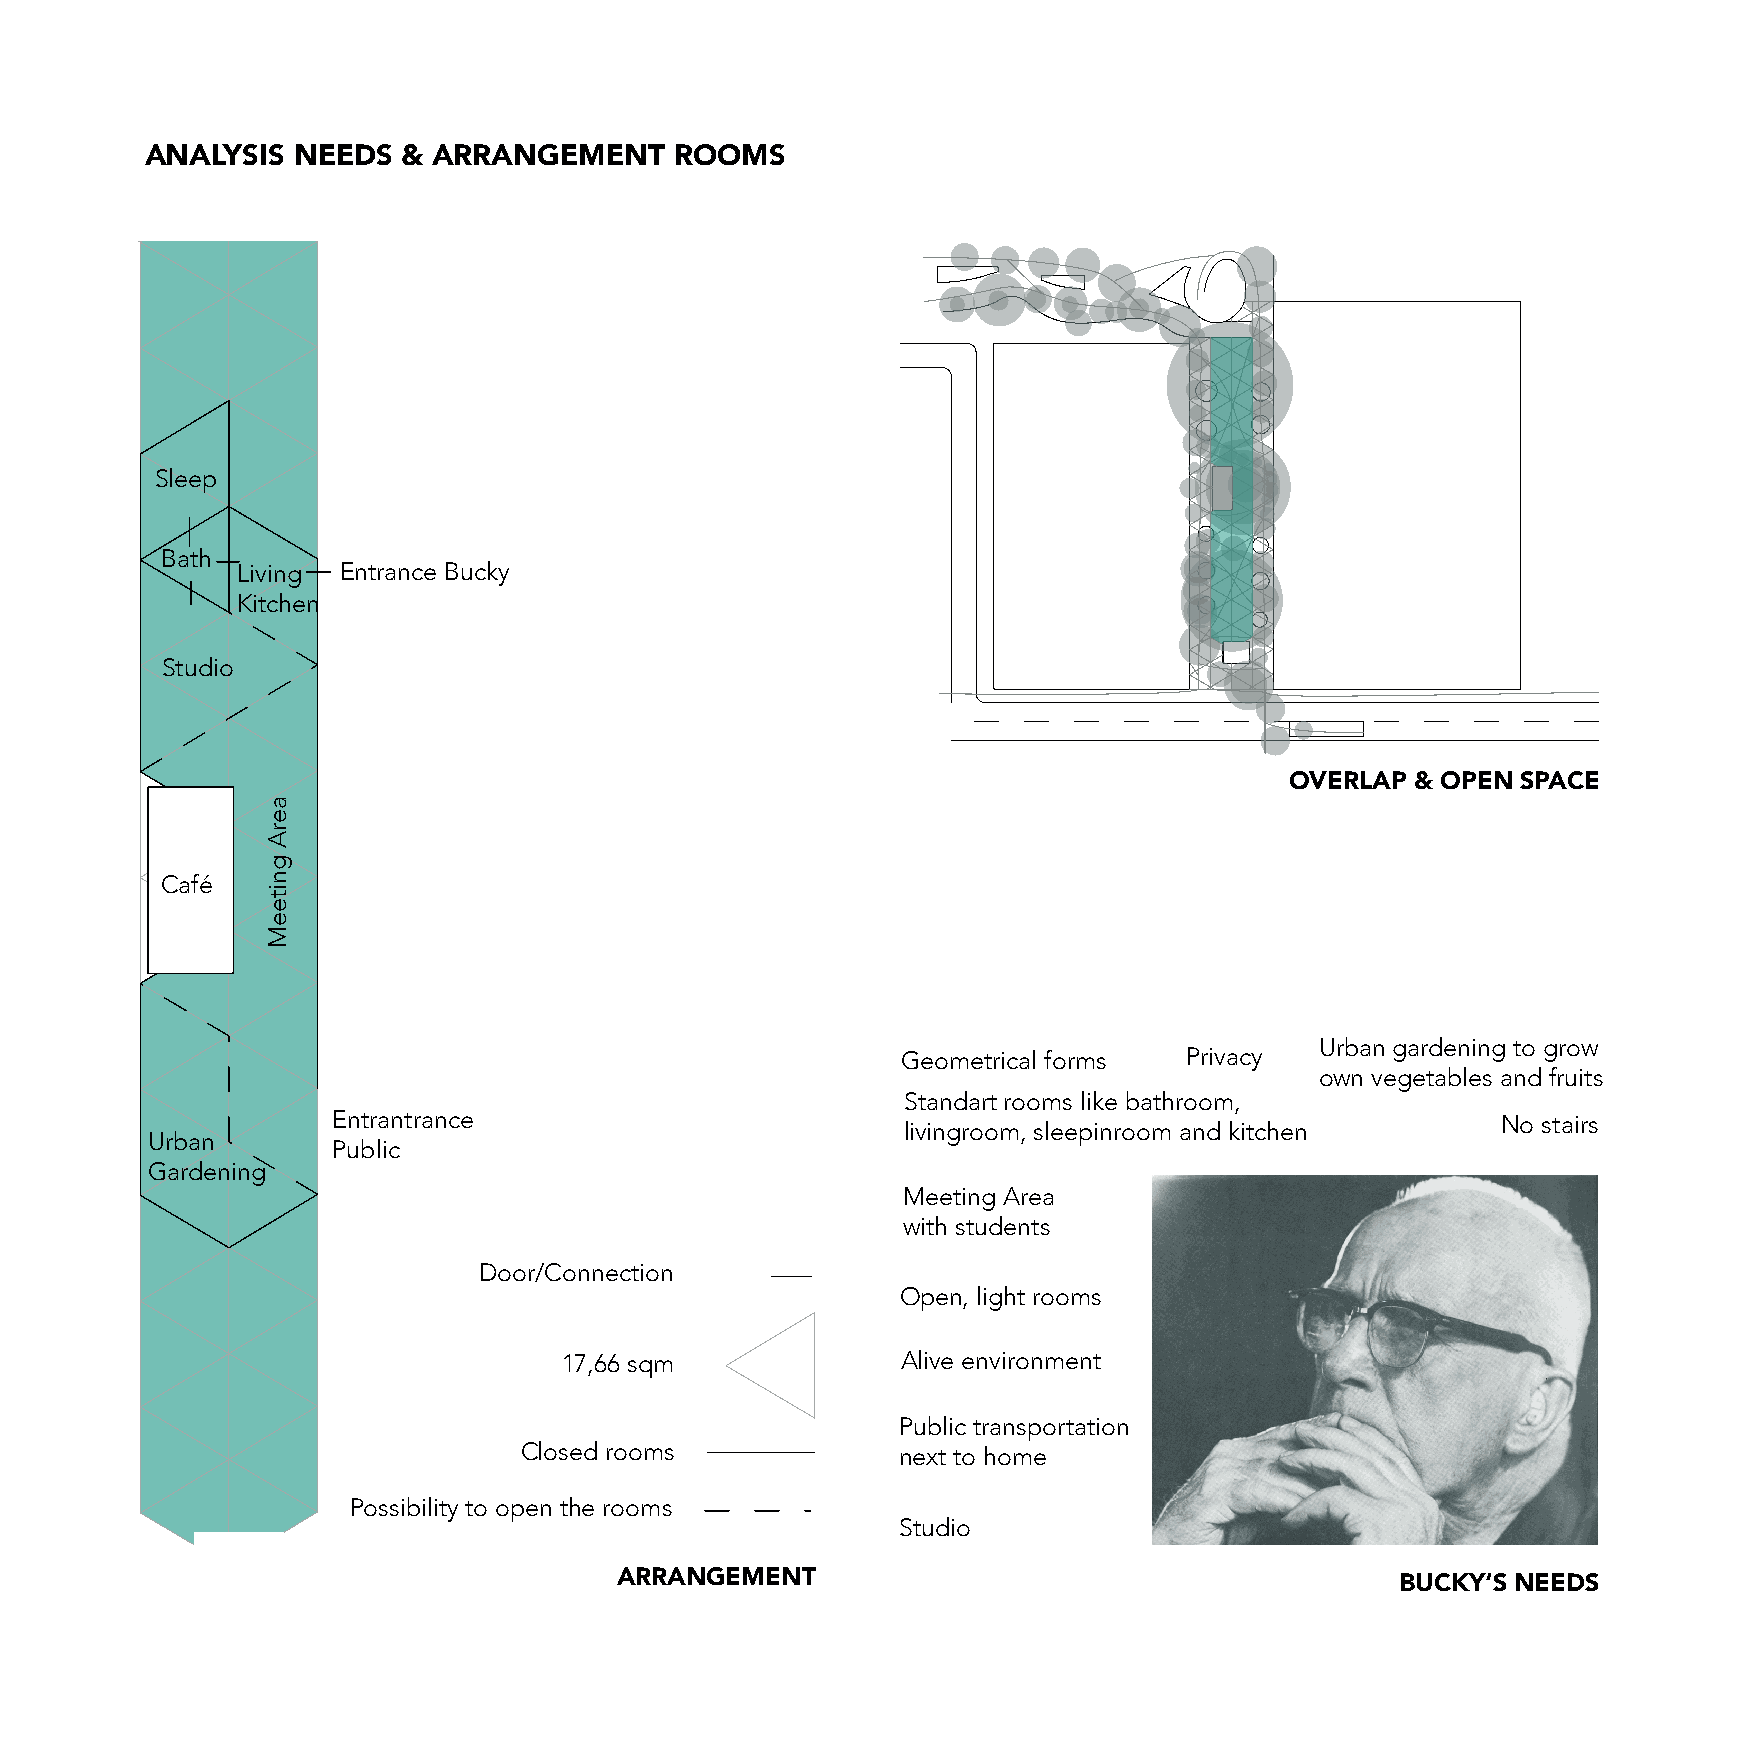
ANALYSIS NEEDS   & ARRANGEMENT     ROOMS
 Sleep
 Bath
 Living Entrance Bucky
 Kitchen
 Studio
 OVERLAP  & OPEN SPACE
 Café
 Urban gardening to grow
 Geometrical forms  Privacy
 own vegetables and fruits
 Standart rooms like bathroom,
 Entrantrance                                                                 No stairs
 livingroom, sleepinroom and kitchen
 Urban
 Public
 Gardening
 Meeting Area
 with students
 Door/Connection
 Open, light rooms
 17,66 sqm              Alive environment
 Public transportation
 Closed rooms              next to home
 Possibility to open the rooms
 Studio
 ARRANGEMENT
 BUCKY‘S NEEDS
 aerA
 gniteeM